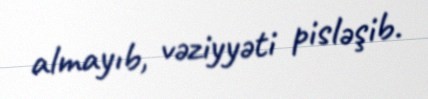
almayıb, vəziyyəti pisləşib.